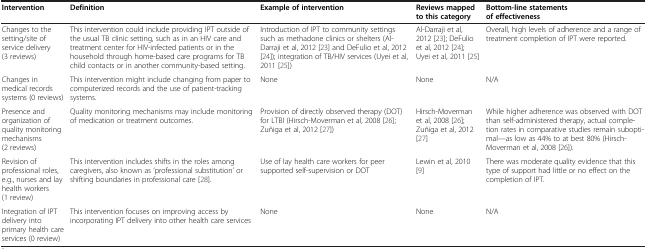
<table><thead><tr><td><b>Intervention</b></td><td><b>Definition</b></td><td><b>Example of intervention</b></td><td><b>Reviews mapped to this category</b></td><td><b>Bottom-line statements of effectiveness</b></td></tr></thead><tbody><tr><td>Changes to the setting/site of service delivery (3 reviews)</td><td>This intervention could include providing IPT outside of the usual TB clinic setting, such as in an HIV care and treatment center for HIV-infected patients or in the household through home-based care programs for TB child contacts or in another community-based setting.</td><td>Introduction of IPT to community settings such as methadone clinics or shelters (Al-Darraji et al, 2012[23] and DeFulio et al, 2012[24]); integration of TB/HIV services (Uyei et al, 2011[25])</td><td>Al-Darraji et al, 2012[23]; DeFulio et al, 2012[24]; Uyei et al, 2011[25]</td><td>Overall, high levels of adherence and a range of treatment completion of IPT were reported.</td></tr><tr><td>Changes in medical records systems (0 reviews)</td><td>This intervention might include changing from paper to computerized records and the use of patient-tracking systems.</td><td>None</td><td>None</td><td>N/A</td></tr><tr><td>Presence and organization of quality monitoring mechanisms (2 reviews)</td><td>Quality monitoring mechanisms may include monitoring of medication or treatment outcomes.</td><td>Provision of directly observed therapy (DOT) for LTBI (Hirsch-Moverman et al, 2008[26]; Zuñiga et al, 2012[27])</td><td>Hirsch-Moverman et al, 2008[26]; Zuñiga et al, 2012[27]</td><td>While higher adherence was observed with DOT than self-administered therapy, actual completion rates in comparative studies remain suboptimal—as low as 44% to at best 80% (Hirsch-Moverman et al, 2008[26]).</td></tr><tr><td>Revision of professional roles, e.g., nurses and lay health workers (1 review)</td><td>This intervention includes shifts in the roles among caregivers, also known as ‘professional substitution’ or shifting boundaries in professional care[28].</td><td>Use of lay health care workers for peer supported self-supervision or DOT</td><td>Lewin et al, 2010[9]</td><td>There was moderate quality evidence that this type of support had little or no effect on the completion of IPT.</td></tr><tr><td>Integration of IPT delivery into primary health care services (0 review)</td><td>This intervention focuses on improving access by incorporating IPT delivery into other health care services</td><td>None</td><td>None</td><td>N/A</td></tr></tbody></table>